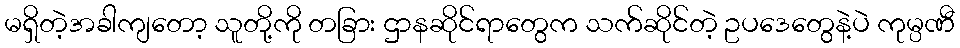
မရှိတဲ့အခါကျတော့ သူတို့ကို တခြား ဌာနဆိုင်ရာတွေက သက်ဆိုင်တဲ့ ဥပဒေတွေနဲ့ပဲ ကုမ္ပဏီ